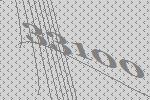
33100